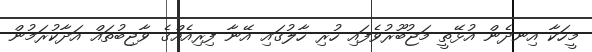
މީހަކާ އިނދެން އުޅޭތީ މަޖުބޫރުވެފައި ހުރި ހާލުގައި އޭނާ ފިރިއެއްގެ ވާޖިބުތައް އަދާކުރަމުން